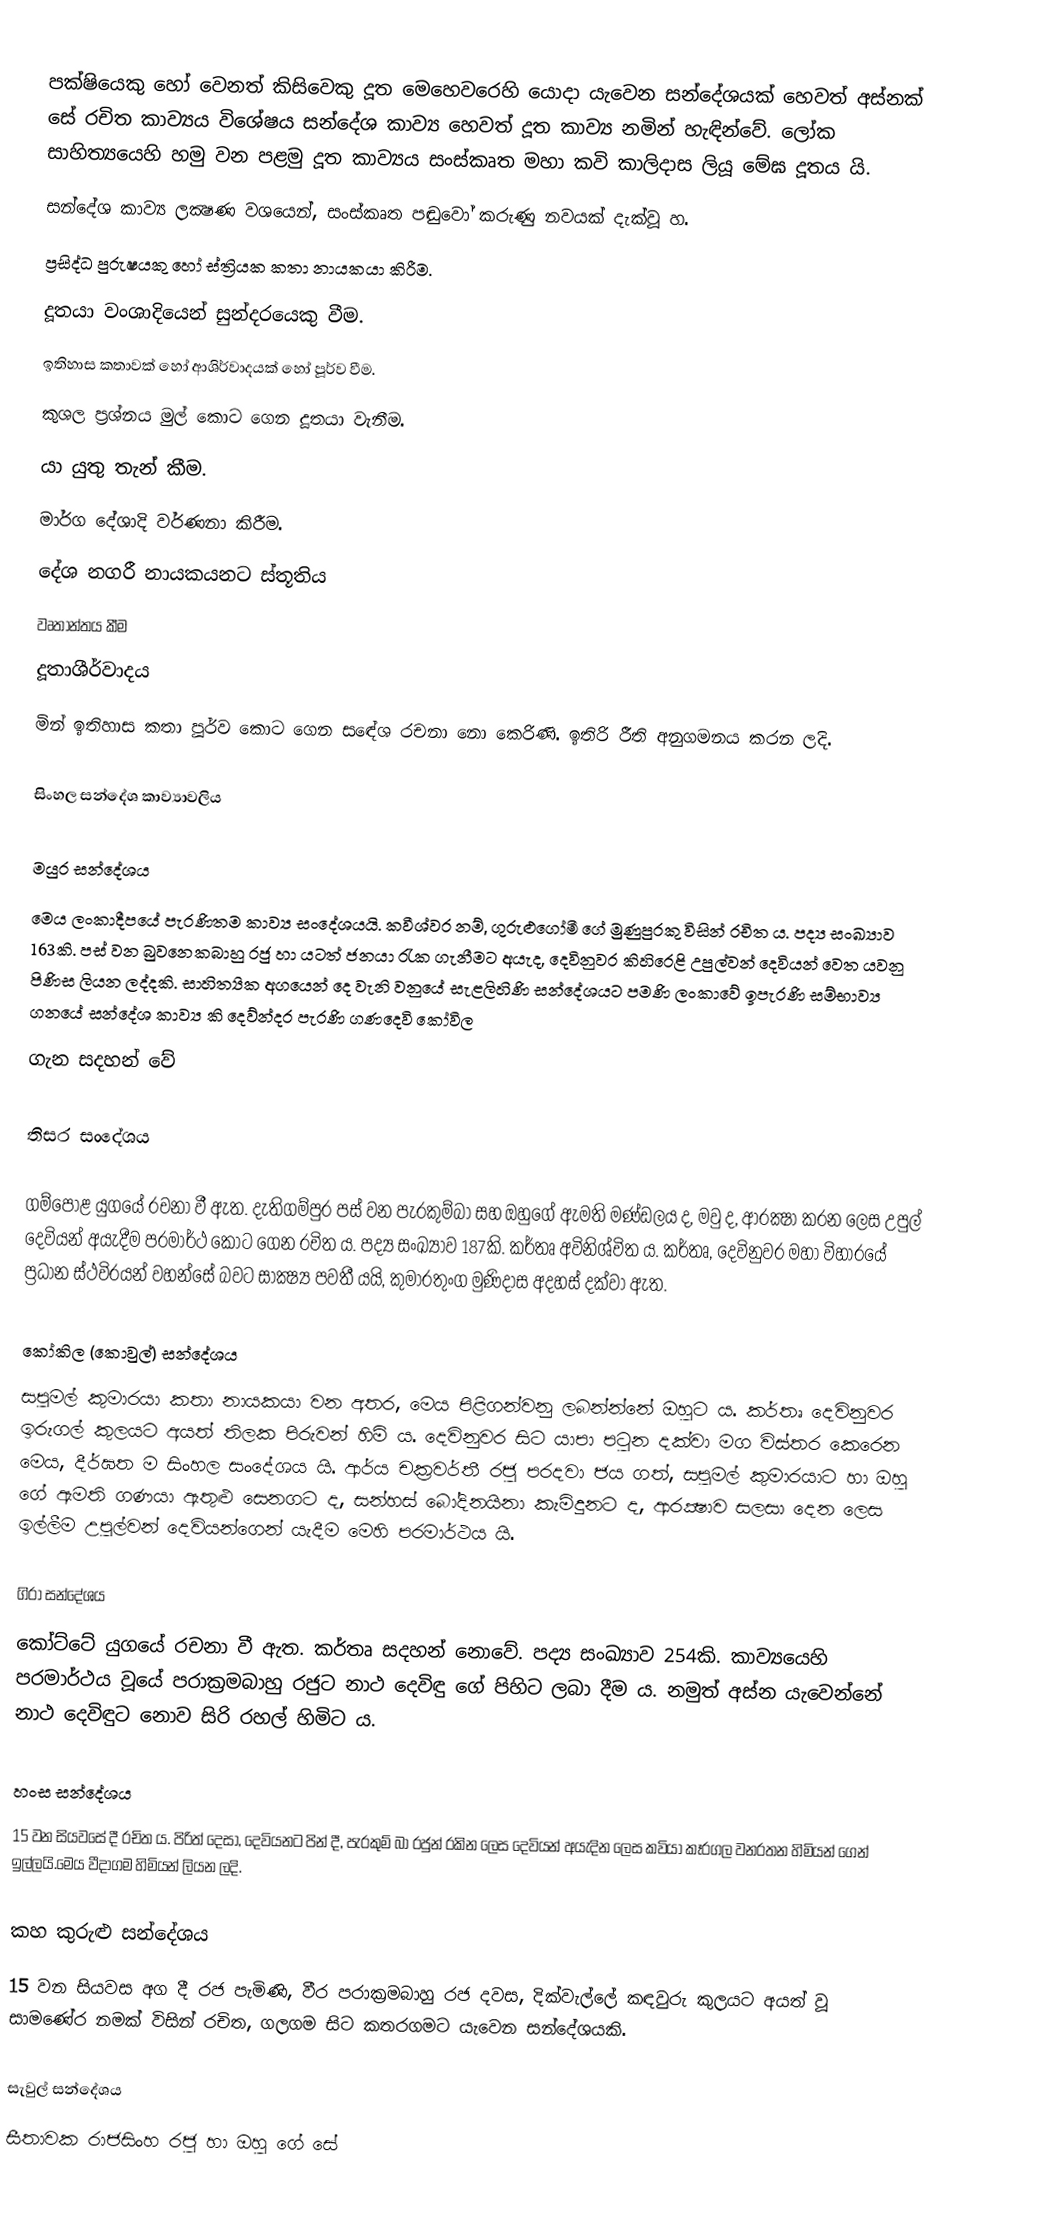
පක්ෂියෙකු හෝ වෙනත් කිසිවෙකු දූත මෙහෙවරෙහි යොදා‍ යැවෙන සන්දේශයක් හෙවත් අස්නක් සේ රචිත කාව්‍යය විශේෂය සන්දේශ කාව්‍ය හෙවත් දූත කාව්‍ය නමින් ‍හැඳින්වේ. ලෝක සාහිත්‍යයෙහි හමු වන පළමු දූත කාව්‍යය සංස්කෘත මහා කවි කාලිදාස ලියූ මේඝ දූතය යි.
සන්දේශ කාව්‍ය ලක්‍ෂණ වශයෙන්, සංස්කෘත පඬුවෝ කරුණු නවයක් දැක්වූ හ​.
ප්‍රසිද්ධ පුරුෂයකු හෝ ස්ත්‍රියක කතා නායකයා කිරීම​.
දූතයා වංශාදියෙන් සුන්දරයෙකු වීම​.
ඉතිහාස කතාවක් හෝ ආශිර්වාදයක් හෝ පූර්ව වීම​.
කුශල ප්‍රශ්නය මුල් කොට ගෙන දූතයා වැනීම​.
යා යුතු තැන් කීම​.
මාර්ග දේශාදි වර්ණනා කිරීම​.
දේශ නගරී නායකයනට ස්තූතිය​
වෘතාන්තය කීම​
දූතාශීර්වාදය​
මින් ඉතිහාස කතා පූර්ව කොට ගෙන සඳේශ රචනා නො කෙරිණි.  ඉතිරි රීති අනුගමනය කරන ලදි.

සිංහල සන්දේශ කාව්‍යාවලිය​

මයුර සන්දේශය​
මෙය ලංකාදීපයේ පැරණිතම කාව්‍ය සංදේශයයි. කවීශ්වර නම්, ගුරුළුගෝමී ගේ මුණුපුරකු විසින් රචිත ය​. පද්‍ය සංඛ්‍යාව 163කි. පස් වන බුවනෙකබාහු රජු හා යටත් ජනයා රැක ගැනීමට අයැද, දෙවිනුවර කිහිරෙළි උපුල්වන් දෙවියන් වෙත යවනු පිණිස ලියන ලද්දකි. සාහිත්‍යික අගයෙන් දෙ වැනි වනුයේ සැළලිහිණි සන්දේශයට පමණි  ලංකාවේ ඉපැරණි සම්භාව්‍ය ගනයේ සන්දේශ  කාව්‍ය  කි දෙව්න්දර පැරණි ගණදෙවි කෝවිල
ගැන  සදහන් වේ

තිසර සංදේශය​

ගම්පොළ යුගයේ රචනා වී ඇත. දැතිගම්පුර පස් වන පැරකුම්බා සහ ඔහුගේ ඇමති මණ්ඩලය ද, මවු ද, ආරක්‍ෂා කරන ලෙස උපුල් දෙවියන් අයැදීම පරමාර්ථ කොට ගෙන රචිත ය​. පද්‍ය සංඛ්‍යාව 187කි. කර්තෘ අවිනිශ්චිත ය​. කර්තෘ, දෙවිනුවර මහා විහාරයේ ප්‍රධාන ස්ථවිරයන් වහන්සේ බවට සාක්‍ෂ්‍ය පවතී යයි, කුමාරතුංග මුණිදාස අදහස් දක්වා ඇත​.

කෝකිල (කොවුල්) සන්දේශය​
සපුමල් කුමාරයා කතා නායකයා වන අතර, මෙය පිළිගන්වනු ලබන්න්නේ ඔහුට ය​. කර්තෘ දෙවිනුවර ඉරුගල් කුලයට අයත් තිලක පිරුවන් හිමි ය​. දෙවිනුවර සිට යාපා පටුන දක්වා මග විස්තර කෙරෙන මෙය​, දීර්ඝත ම සිංහල සංදේශය යි. ආර්ය චක්‍රවර්තී රජු පරදවා ජය ගත්, සපුමල් කුමාරයාට හා ඔහු ගේ ඇමති ගණයා ඇතුළු සෙනගට ද, සන්හස් බෝදිනයිනා කැමිදුනට ද, ආරක්‍ෂාව සලසා දෙන ලෙස ඉල්ලීම උපුල්වන් දෙවියන්ගෙන් යැදීම මෙහි පරමාර්ථය යි.

ගිරා සන්දේශය​
කෝට්ටේ යුගයේ රචනා වී ඇත. කර්තෘ සදහන් නොවේ. පද්‍ය සංඛ්‍යාව 254කි. කාව්‍යයෙහි පරමාර්ථය වූයේ පරාක්‍රමබාහු රජුට නාථ දෙවිඳු ගේ පිහිට ලබා දීම ය​. නමුත් අස්න යැවෙන්නේ නාථ දෙවිඳුට නොව සිරි රහල් හිමිට ය.

හංස සන්දේශය​
15 වන සියවසේ දී රචිත ය​. පිරිත් දෙසා, දෙවියනට පින් දී, පැරකුම් බා රජුන් රකින ලෙස දෙවියන් අයැදින ලෙස කවියා කෑරගල වනරතන හිමියන් ගෙන් ඉල්ලයි.මෙය වීදාගම හිමියන් ලියන ලදි.

කහ කුරුළු සන්දේශය​
15 වන සියවස අග දී රජ පැමිණි, වීර පරාක්‍රමබාහු රජ දවස​, දික්වැල්ලේ කඳවුරු කුලයට අයත් වූ සාමණේර නමක් විසින් රචිත​, ගලගම සිට කතරගමට යැවෙන සන්දේශයකි.

සැවුල් සන්දේශය​
සීතාවක රාජසිංහ රජු හා ඔහු ගේ සේ